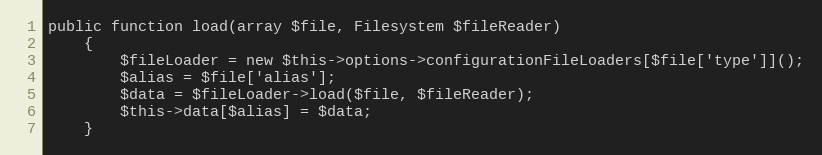
Language: PHP
public function load(array $file, Filesystem $fileReader)
    {
        $fileLoader = new $this->options->configurationFileLoaders[$file['type']]();
        $alias = $file['alias'];
        $data = $fileLoader->load($file, $fileReader);
        $this->data[$alias] = $data;
    }